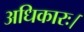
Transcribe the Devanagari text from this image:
अधिकारः।